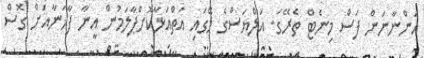
އަންނާނަން ފަސް މިނެޓް ތެރޭގަ. އަލްޔަސްގެ މޭގައި އަތްއަޅާކޮށްޕާލަމުން އީނާ ފާޚަނާއަށް ގޮސް